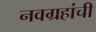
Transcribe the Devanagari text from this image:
नवग्रहांची